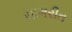
સાગરીત